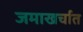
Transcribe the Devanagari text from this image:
जमाखर्चात